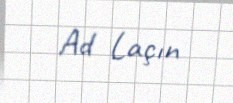
Ad Laçın